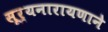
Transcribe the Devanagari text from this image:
सूर्यनारायणाने